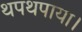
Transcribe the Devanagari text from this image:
थपथपाया।